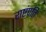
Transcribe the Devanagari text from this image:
राष्टंपति